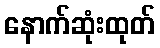
နောက်ဆုံးထုတ်